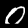
Digit: 0